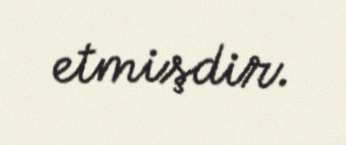
etmişdir.